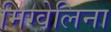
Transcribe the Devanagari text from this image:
मिग्वेलिना